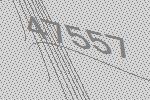
47557